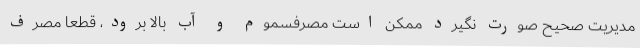
مدیریت صحیح صورت نگیرد ممکن است مصرفسموم و آب بالا برود، قطعا مصرف